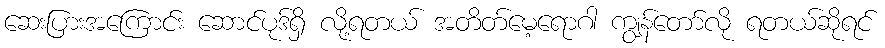
ဆေးပြားအကြောင်း ဆောင်ပုဒ်ရှိ လို့ရတယ် အတိတ်မေ့ရောဂါ ကျွန်တော်လို ရတယ်ဆိုရင်